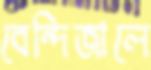
বেন্দিজালে